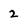
Character: 2